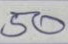
50